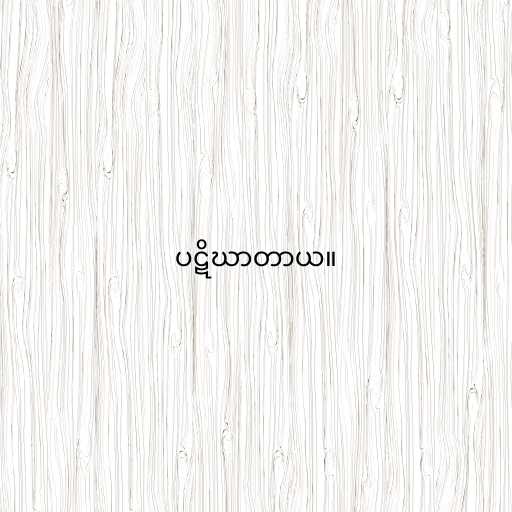
ပဋိဃာတာယ။